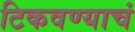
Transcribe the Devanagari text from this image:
टिकवण्याचं